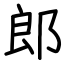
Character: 郎